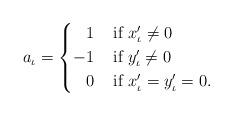
LaTeX: \begin{align*}a_{\iota}= \left\{ \begin{aligned} 1 \;\;\; & \mbox{ if $x_{\iota}' \not=0$} \\ -1 \;\;\; & \mbox{ if $y_{\iota}' \not=0$} \\ 0 \;\;\; & \mbox{ if $x_{\iota}'=y_{\iota}'=0$}. \end{aligned} \right. \end{align*}